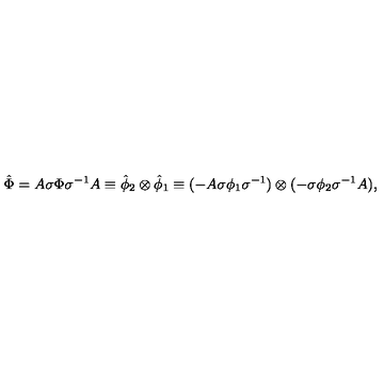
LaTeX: { \hat { \Phi } } = A \sigma { \Phi } { \sigma } ^ { - 1 } A \equiv { \hat { \phi } } _ { 2 } \otimes { \hat { \phi } } _ { 1 } \equiv ( - A \sigma { \phi } _ { 1 } { \sigma } ^ { - 1 } ) \otimes ( - \sigma { \phi } _ { 2 } { \sigma } ^ { - 1 } A ) ,